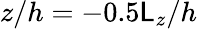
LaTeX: z/h=-0.5\mathsf{L}_{z}/h